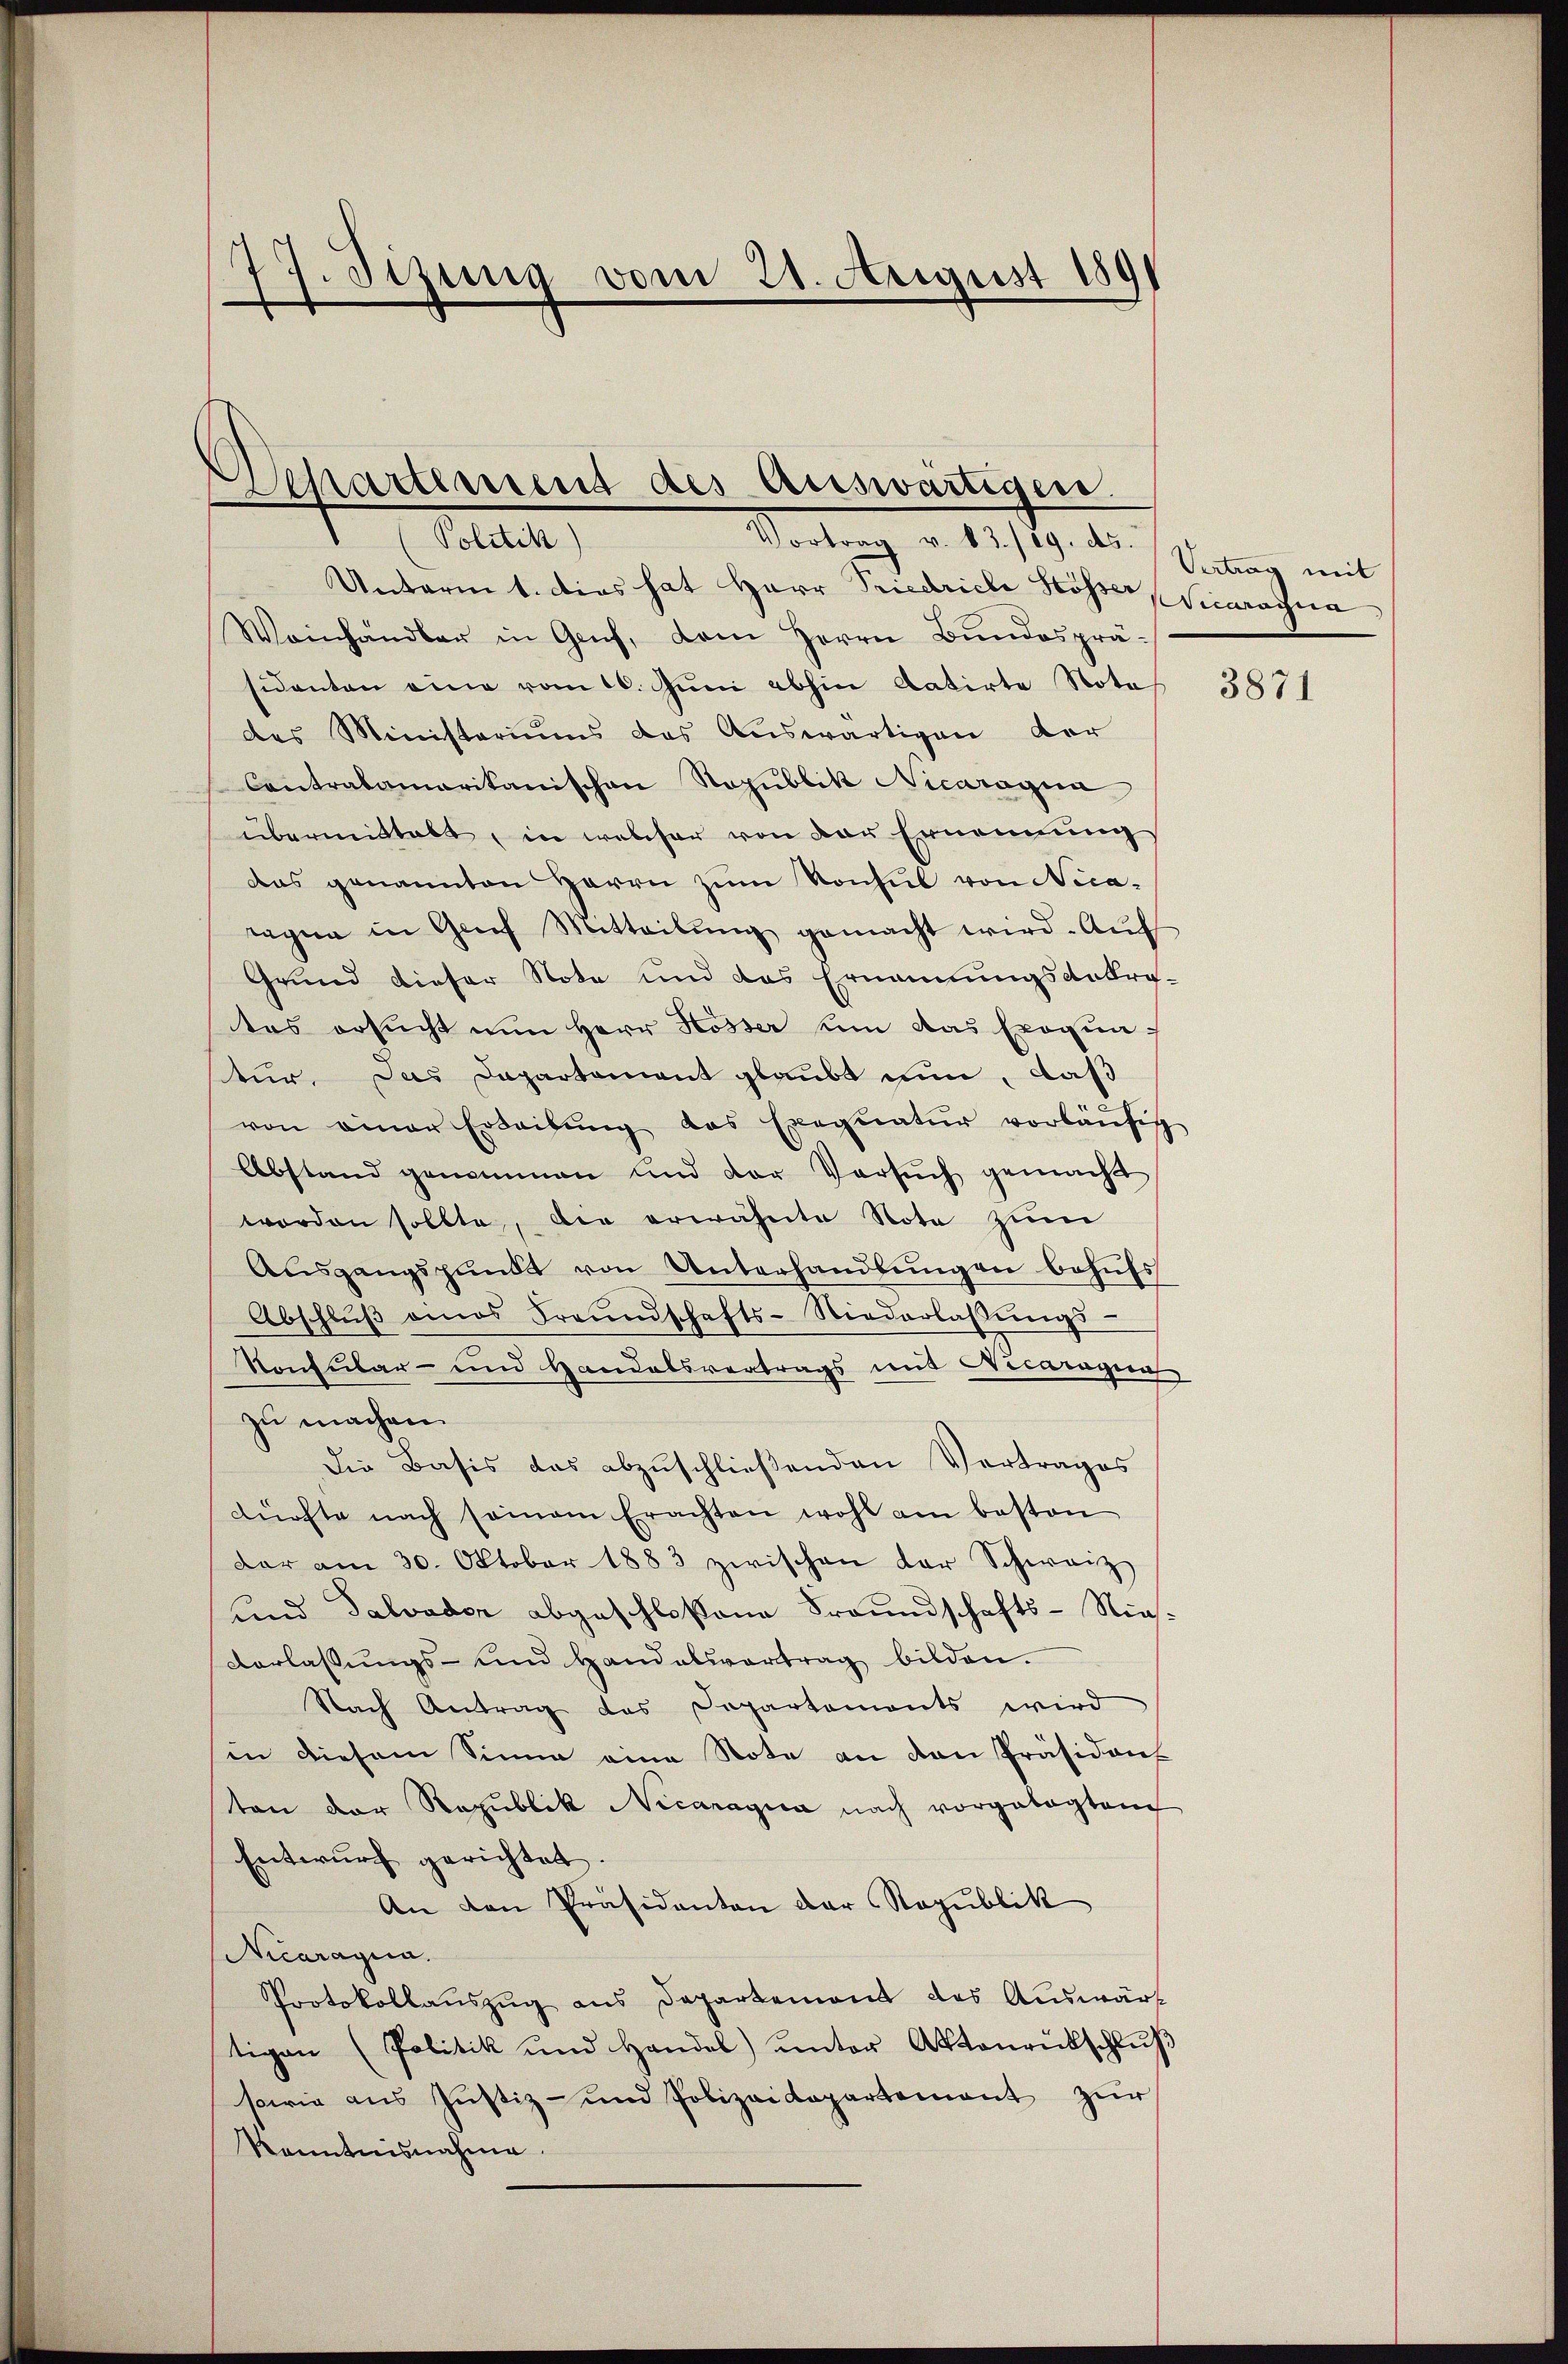
77. Jezung vom 21. August 1891

Departement des Auswärtiger.
Politik)
Vortrag v. 3./19. ds.

Unterm 1. dies hat Herr Priedriche Hösser Vicarogna
Weinhändler in Genf, dem Herrn Bŭndespräsidanten eine vom 10. Jŭni abhin datirte Nota
des Ministeriums das Auswärtigen der
Contralamarikanischen Rozublik Nicaragua
übermittalt, in welcher von der Ernennung
das genannten Herrn zum Konsul von Nicaragen in Graf Mitteilŭng gemacht wird. Aŭf
Grund dieser Note und das Ernennungsantratas ersucht nun Herr Hösser von das Exoqunf
tur, das Dapartament glaubt nun, daß
von einer Erleibŭng des Exequatur vorläŭfig
Abstand genommen und der Versŭch gemacht
worden sollte, die erwähnte Note zŭm
Ausgangspundt von Unterhandlungen behufs
Abschlŭβ eines Freundschafts-Niederlassŭngs-
Konsular- und Handelsvertrags mit Vicaragung
zu machen.
Die Basis das abzuschließenden Vertrages
dürfte nach seinem Erachten wohl am besten
dar am 30. Oktober 1883 zwischen der Schweiz
und Salvader abgeschloßene Freundschafts-Nie¬
Verlassungs- und Handalsvertrag bilden.
Nach Antrag des Departements wird
in diesem Sinne eine Note an den Präsident
ton der Republik Nicanagia nach vorgelegten
Entwurf gerichtet
An den Präsidenten der Republik
Nicaragia.
Protokollauszug aus Departemont des Auswärt
tigen (Politik und Handel) ŭnter Aktenrückschlŭβ
sowie aus Jŭstiz- und Polizeidepartement zŭr
Kenntnisnahme.

Vertrag mit

3871